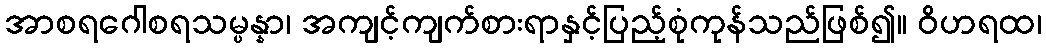
အာစရဂေါစရသမ္ပန္နာ၊ အကျင့်ကျက်စားရာနှင့်ပြည့်စုံကုန်သည်ဖြစ်၍။ ဝိဟရထ၊